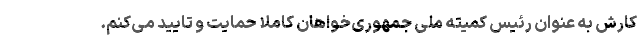
کارش به عنوان رئیس کمیته ملی جمهوری‌خواهان کاملا حمایت و تایید می‌کنم.